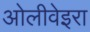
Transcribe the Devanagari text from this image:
ओलीवेइरा